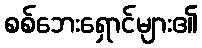
စစ်ဘေးရှောင်များ၏